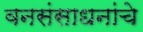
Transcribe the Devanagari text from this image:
वनसंसाधनांचे